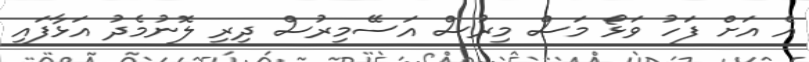
އެ އަށް ފަހު ވަޅޯ މަސް މިރުސް އަސޭމިރުސް ދިރި ލޮނުމެދު އަޅާފައި